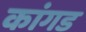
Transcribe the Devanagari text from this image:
कांगड